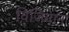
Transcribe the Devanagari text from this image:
विजियाना